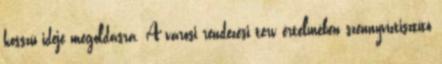
hosszú ideje megoldásra. A városi rendezési terv értelmében szennyvíztisztító